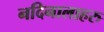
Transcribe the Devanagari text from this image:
नदिनालाहरु